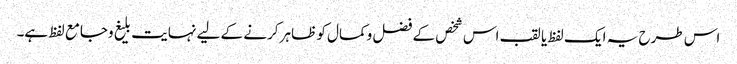
اس طرح یہ ایک لفظ یا لقب اس شخص کے فضل وکمال کو ظاہر کرنے کے لیے نہایت بلیغ وجامع لفظ ہے۔